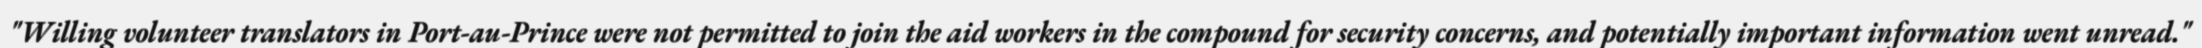
"Willing volunteer translators in Port-au-Prince were not permitted to join the aid workers in the compound for security concerns, and potentially important information went unread."